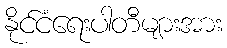
နိုင်ငံရေးပါတီများအား